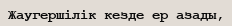
Жаугершілік кезде ер азады,